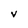
Character: V